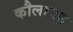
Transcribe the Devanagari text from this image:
कौलागढ़